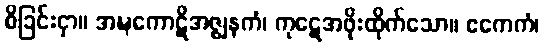
စိခြင်းငှာ။ အဍ္ဎကောဋိအဇ္ဈနကံ၊ ကုဋေအဖိုးထိုက်သော။ ဧကေကံ၊